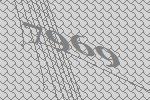
7969